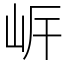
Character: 㟁